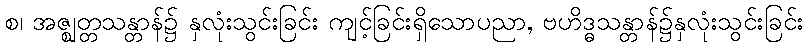
စ၊ အဇ္ဈတ္တသန္တာန်၌ နှလုံးသွင်းခြင်း ကျင့်ခြင်းရှိသောပညာ, ဗဟိဒ္ဓသန္တာန်၌နှလုံးသွင်းခြင်း